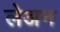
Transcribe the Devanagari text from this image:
लेअन